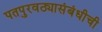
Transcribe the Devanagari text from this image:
पतपुरवठ्यासंबंधीची